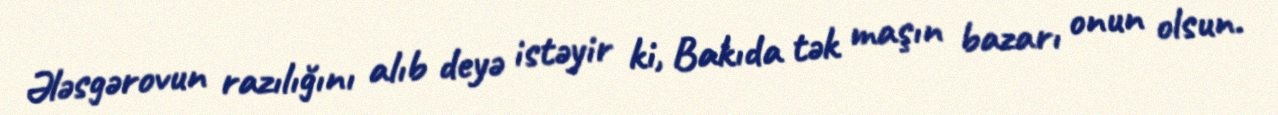
Ələsgərovun razılığını alıb deyə istəyir ki, Bakıda tək maşın bazarı onun olsun.